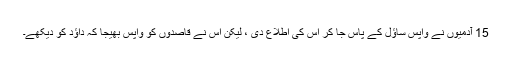
15 آدمیوں نے واپس ساؤل کے پاس جا کر اس کی اطلاع دی ، لیکن اس نے قاصدوں کو واپس بھیجا کہ داؤد کو دیکھے۔